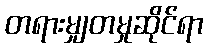
တရားမျှတမှုဆိုင်ရာ